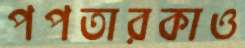
পপতারকাও